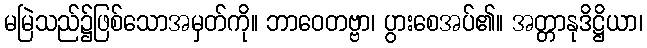
မမြဲသည်၌ဖြစ်သောအမှတ်ကို။ ဘာဝေတဗ္ဗာ၊ ပွားစေအပ်၏။ အတ္တာနုဒိဋ္ဌိယာ၊